Lunatic asylums Punjab 1868-1880 - 1868-1880
Year: 1868
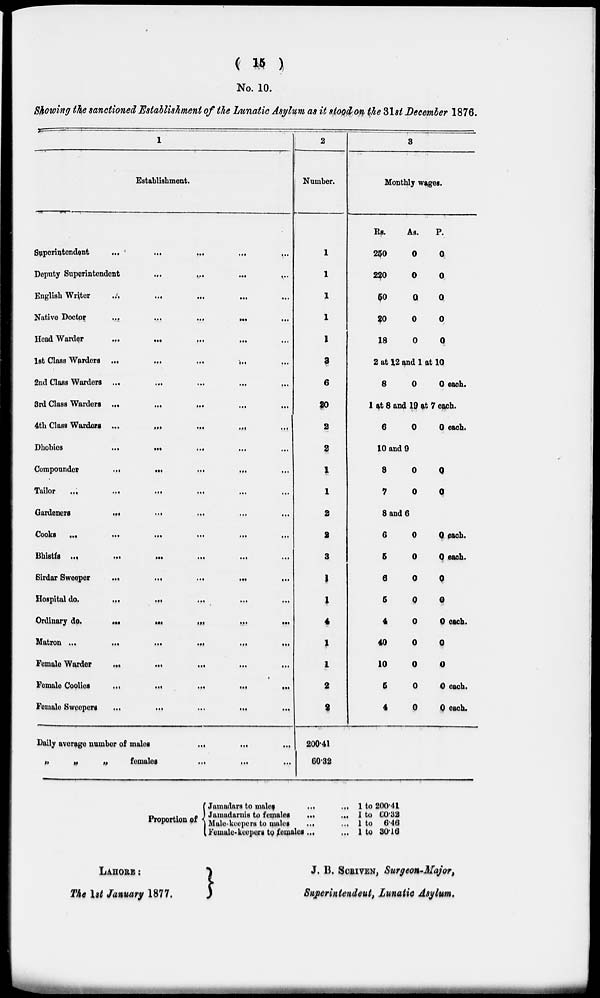
( 15 )
No. 10.
Showing the sanctioned Establishment of the Lunatic Asylum as it stood on the 31st December 1876.
1
Establishment.
Superintendent
...
...
...
...
...
Deputy Superintendent
...
...
...
...
English Writer
...
...
...
...
...
Native Doctor
...
...
...
...
...
Head Warder
...
...
...
...
...
1st Class Warders ...
...
...
...
2nd Class Warders ...
...
...
...
...
3rd Class Warders ...
...
...
...
...
4th Class Warders ...
...
...
...
Dhobies
...
...
...
...
...
Compounder
...
...
...
...
...
Tailor
...
...
...
...
...
...
Gardeners
...
...
...
...
...
Cooks
...
...
...
...
...
...
Bhistis ...
...
...
...
...
...
Sirdar Sweeper
...
...
...
...
...
Hospital do.
...
...
...
...
...
Ordinary do.
...
...
...
... ...
Matron ...
...
...
...
...
...
Female Warder
...
...
...
Female Coolies
...
...
...
...
...
Female Sweepers
...
...
...
...
...
Daily average number of males
...
...
...
„
„
„
females
...
...
...
2
Number.
1
1
1
1
1
3
6
20
2
8
1
1
2
2
8
1
1
4
1
1
2
2
200.41
60.32
3
Monthly wages.
Rs.
250
220
50
20
18
As.
0
0
0
0
0
p.
0
0
0
0
0
2 at 12 and 1 at 10
8
0
0 each.
1 at 8 and 19 at 7 each.
6
0
0 each.
10 and 0
8
7
0
0
0
8 and 6
6
6
6
5
4
40
10
6
4
0
0
0
0
0
0
0
0
0
0 each.
0 each.
0
0
0 each.
0
0
0 each.
0 each.
Proportion of
Jamadars to males
...
Jamadarnis to females
...
Male-keepers to males
...
Female-keepers to females ...
...
...
...
...
1 to 200.41
I to 00.82
1 to 646
1 to 30.16
LAHORE
The 1st January 1877.
J. B. SCRIVEN, Surgeon.Major,
Superintendent, Lunatic Asylum.